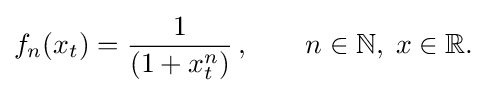
{\begin{aligned}f_{n}(x_{t})={\dfrac {1}{(1+x_{t}^{n})}}\,,\qquad n\in {\mathbb {N} },\;x\in {\mathbb {R} }.\end{aligned}}